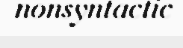
nonsyntactic